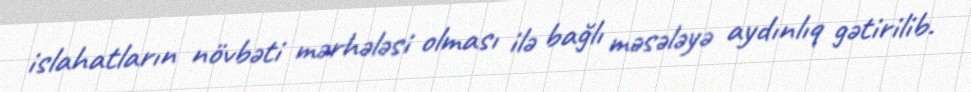
islahatların növbəti mərhələsi olması ilə bağlı məsələyə aydınlıq gətirilib.